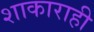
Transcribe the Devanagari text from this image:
शाकाराही